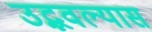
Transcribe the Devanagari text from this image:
उद्भवल्यास